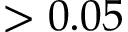
> 0 . 0 5